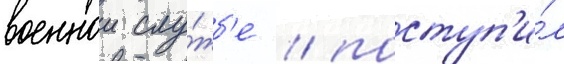
военнои слу́жб'е / поступ'и́л